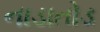
નાડાતોડ